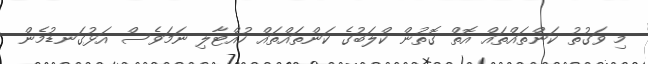
މި ވަގުތު ކަންތައްތައް އޮތް ގޮތުން ކްލަބުގެ ކަންތައްތައް ހުއްޓާލި ނަމަވެސް އަޅުގަނޑުމެން